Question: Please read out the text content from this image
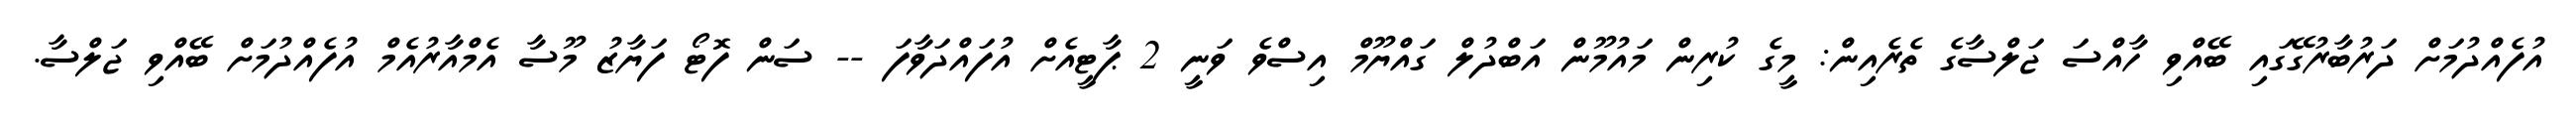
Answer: އުފެއްދުމަށް ދަރުބާރުގޭގައި ބޭއްވި ހާއްސަ ޖަލްސާގެ ތެރެއިން: މީގެ ކުރިން މައުމޫން އަބްދުލް ގައްޔޫމް އިސްވެ ވަނީ 2 ޕާޓީއެށް އުފައްދަވާފަ -- ސަން ފޮޓޯ ފަޔާޒު މޫސާ އެމްއާރުއެމް އުފެއްދުމަށް ބޭއްވި ޖަލްސާ.